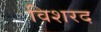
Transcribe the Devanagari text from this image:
विशरद